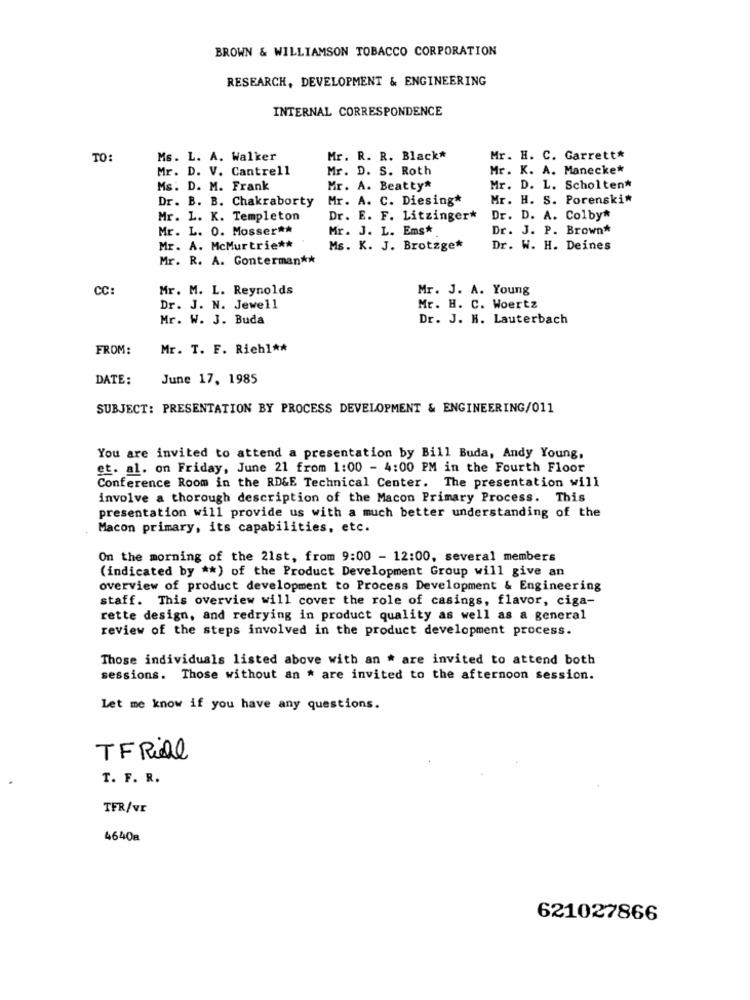
BROWN & WILLIAMSON TOBACCO CORPORATION
RESEARCH, DEVELOPMENT & ENGINEERING
INTERNAL CORRESPONDENCE
TO
Ms. L. A. Walker
Mr. R. R. Black#
Mr. H. C. Garrett*
Mr. D. V. Cantrell
Mr. D. S. Roth
Mr. K. A. Manecke*
Ms: D. M. Frank
Mr. A. Beatty*
Mr. D. L. Scholten*
Dr. B. B. Chakraborty
Mr. A. C. Diesing*
Mr. H. S. Porenskit
Mr. L. K. Templeton
Dr. E. F. Litzinger*
Dr. D. A. Colby*
Mr. L. 0. Mosser **
Mr. J. L. Ems*
Dr. J. P. Brown*
Mr. A. McMurtrie **
Ms. K. J. Brotzge*
Dr. W. H. Deines
Mr. R. A. Gonterman **
CC:
Mr. M. L. Reynolds
Mr. J. A. Young
Dr. J. N. Jewell
Mr. H. C. Woertz
Mr. W. J. Buda
Dr. J. H. Lauterbach
FROM:
Mr. T. F. Riehl **
DATE:
June 17, 1985
SUBJECT: PRESENTATION BY PROCESS DEVELOPMENT & ENGINEERING/011
You are invited to attend a presentation by Bill Buda, Andy Young,
et. al. on Friday, June 21 from 1:00 - 4:00 PM in the Fourth Floor
Conference Room in the RD&E Technical Center. The presentation will
involve a thorough description of the Macon Primary Process. This
presentation will provide us with a much better understanding of the
Macon primary, its capabilities, etc.
On the morning of the 21st, from 9:00 - 12:00, several members
(indicated by ** ) of the Product Development Group will give an
overview of product development to Process Development & Engineering
staff. This overview will cover the role of casings, flavor, ciga-
rette design, and redrying in product quality as well as a general
review of the steps involved in the product development process.
Those individuals listed above with an # are invited to attend both
sessions. Those without an * are invited to the afternoon session.
Let me know if you have any questions.
TFRial
T. F. R.
TFR/VE
4640a
621027866